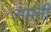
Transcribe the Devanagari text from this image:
अपऩी